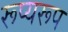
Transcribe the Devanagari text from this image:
रूप्यरूप